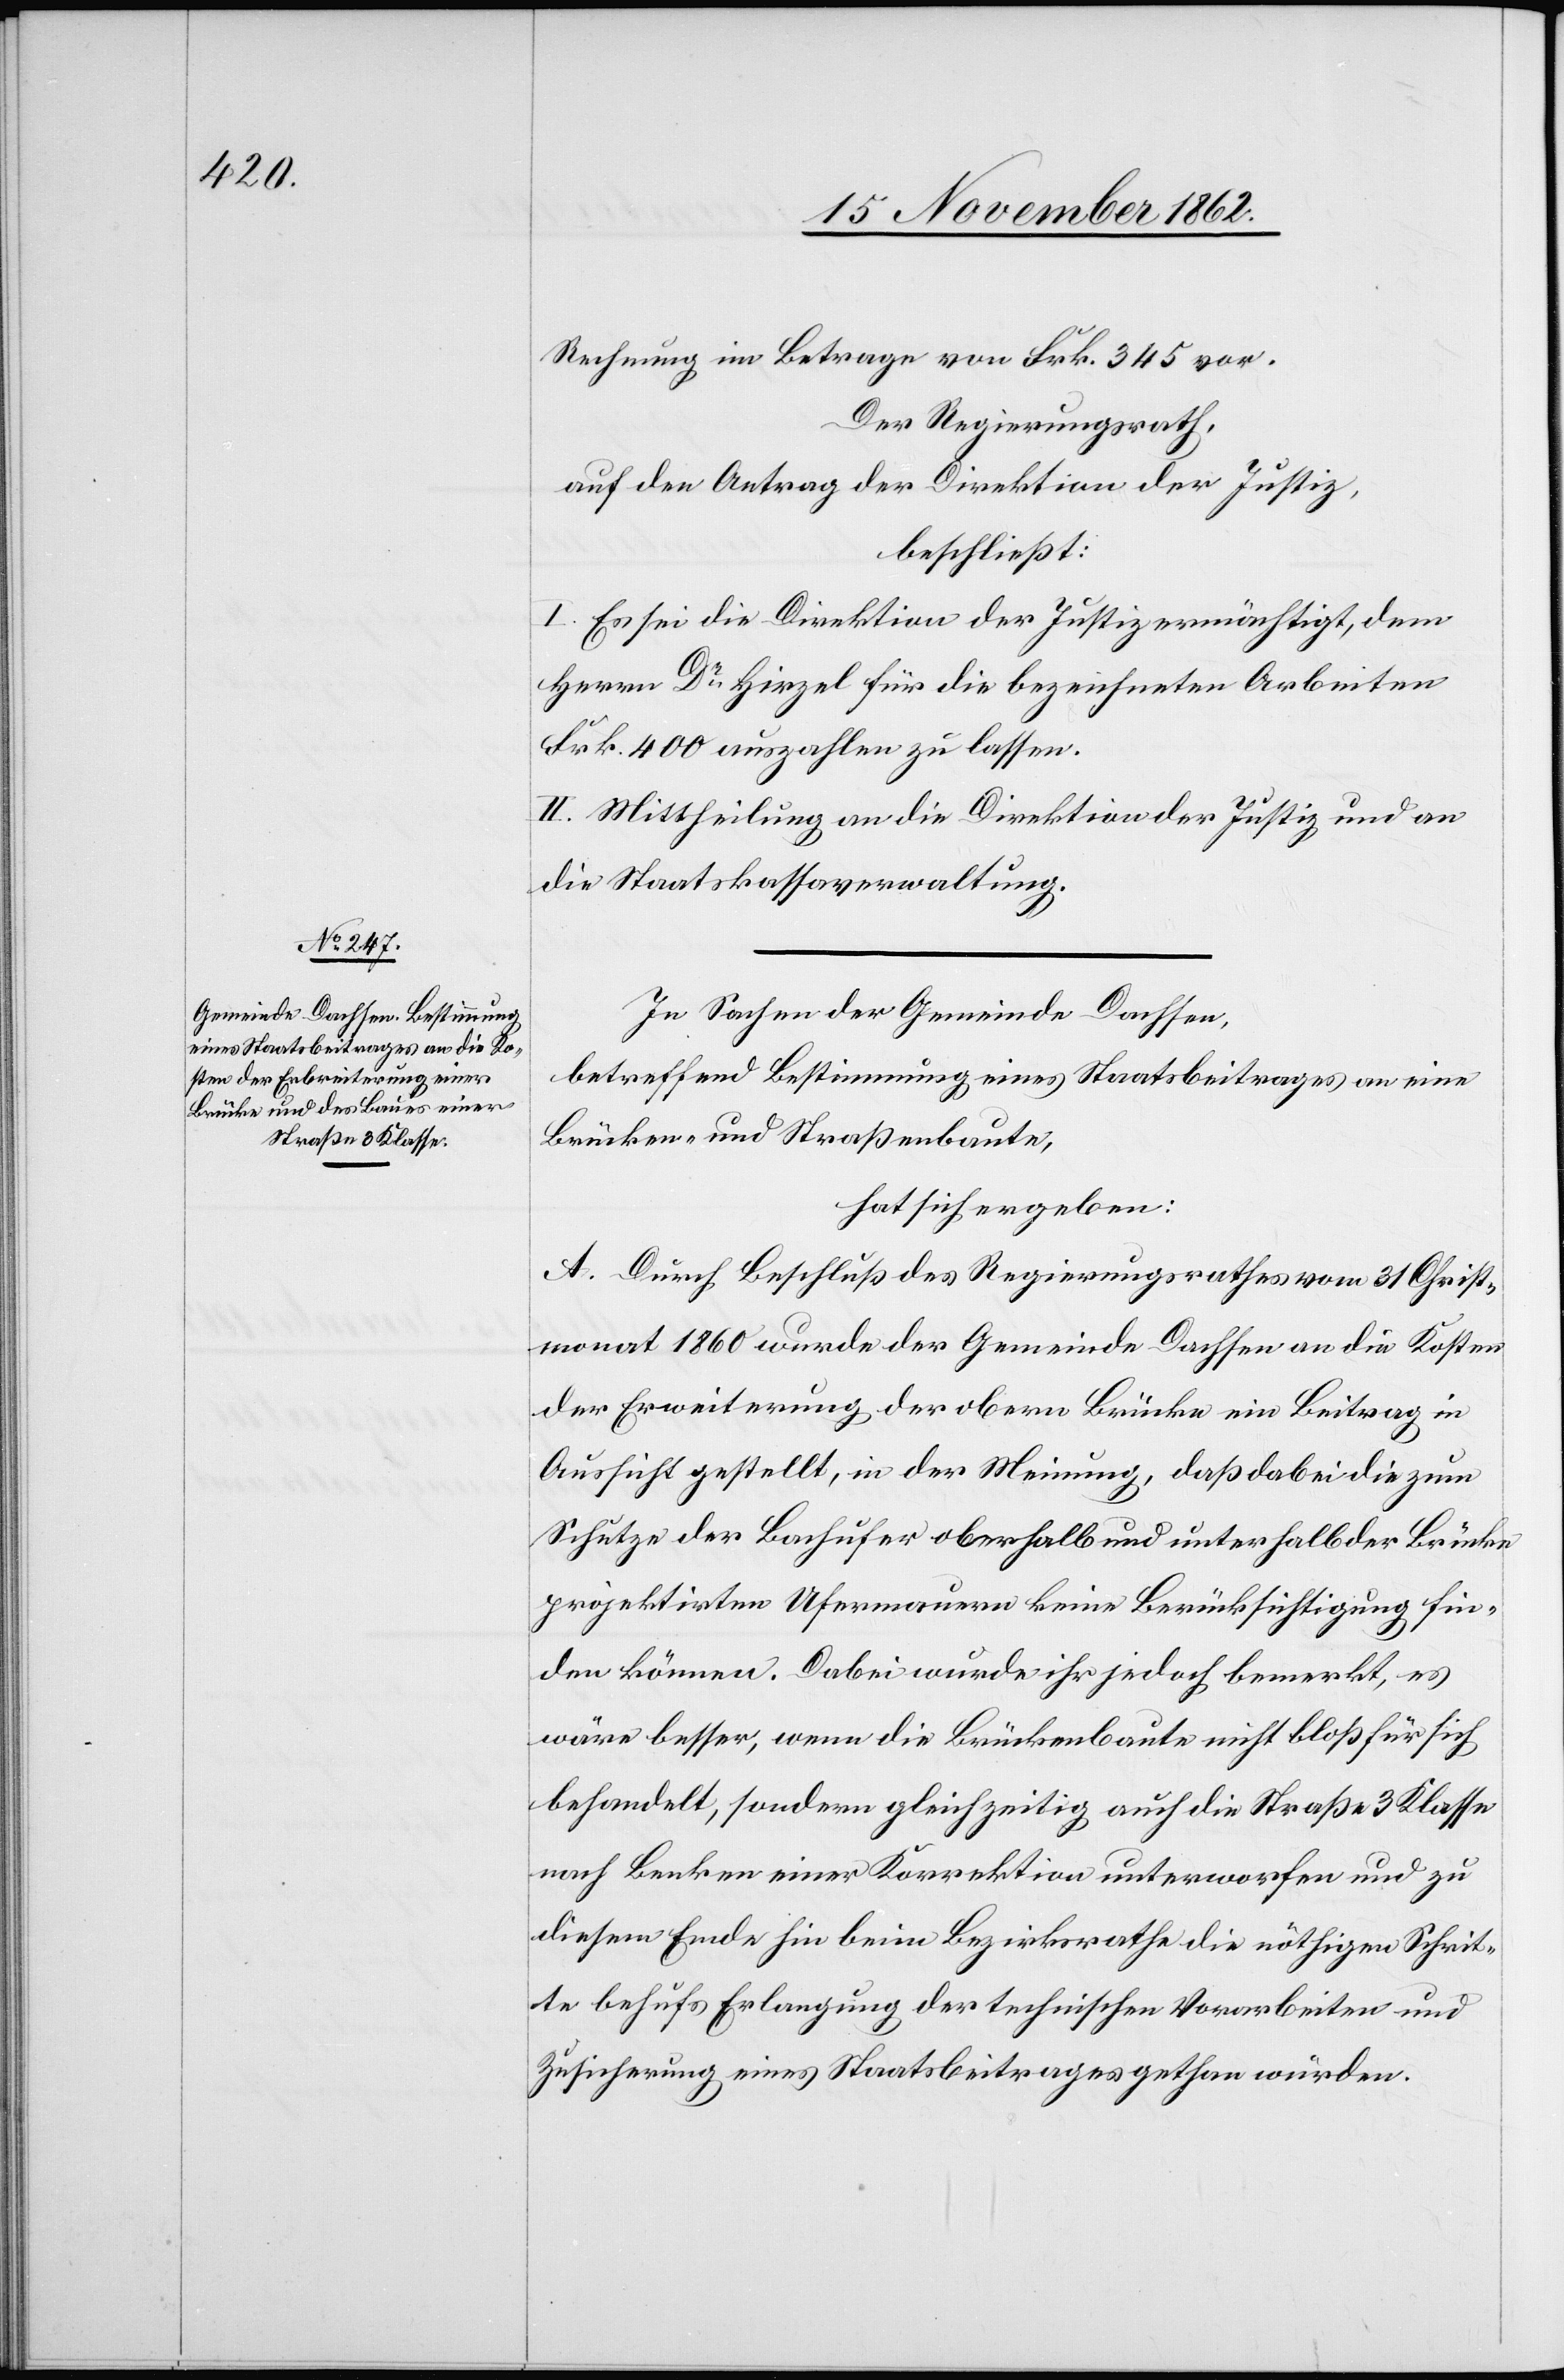
Rechnung im Betrage von Frk. 345 vor.
Der Regierungsrath,
auf den Antrag der Direktion der Justiz,
beschließt:
I. Es sei die Direktion der Justiz ermächtigt, dem
Herrn Dr Hirzel für die beizeichneten Arbeiten
Frk. 400 auszahlen zu lassen.
II. Mittheilung an die Direktion der Justiz und an
die Staatskassaverwaltung.
In Sachen der Gemeinde Dachsen,
betreffend Bestimmung eines Staatsbeitrages an eine
Brücken- und Straßenbaute,
hat sich ergeben:
A. Durch Beschluß des Regierungsrathes vom 31. Christ¬
monat 1860 wurde der Gemeinde Dachsen an die Kosten
der Erweiterung der obern Brücke ein Beitrag in
Aussicht gestellt, in der Meinung, daß dabei die zum
Schutze der Bachufer oberhalb und unterhalb der Brücke
projektirten Ufermauern keine Berücksichtigung fin¬
den können. Dabei wurde ihr jedoch bemerkt, es
wäre besser, wenn die Brückenbaute nicht bloß für sich
behandelt, sondern gleichzeitig auch die Straßen 3. Klasse
nach Benken einer Korrektion unterworfen und zu
diesem Ende hin beim Bezirksrathe die nöthigen Schrit¬
te behufs Erlangung der technischen Vorarbeiten und
Zusicherung eines Staatsbeitrages gethan würden.